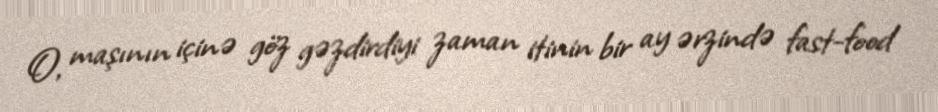
O, maşının içinə göz gəzdirdiyi zaman itinin bir ay ərzində fast-food